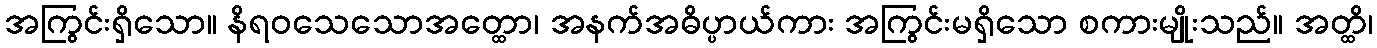
အကြွင်းရှိသော။ နိရဝသေသောအတ္ထော၊ အနက်အဓိပ္ပာယ်ကား အကြွင်းမရှိသော စကားမျိုးသည်။ အတ္ထိ၊